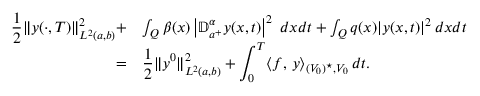
\begin{array} { r l } { \displaystyle \frac 1 2 \| y ( \cdot , T ) \| _ { L ^ { 2 } ( a , b ) } ^ { 2 } + } & { \int _ { Q } \beta ( x ) \left| \mathbb { D } _ { a ^ { + } } ^ { \alpha } y ( x , t ) \right| ^ { 2 } \; d x d t + \int _ { Q } q ( x ) | y ( x , t ) | ^ { 2 } \, d x d t } \\ { = } & { \displaystyle \frac 1 2 \| y ^ { 0 } \| _ { L ^ { 2 } ( a , b ) } ^ { 2 } + \int _ { 0 } ^ { T } \langle f , \, y \rangle _ { ( V _ { 0 } ) ^ { \star } , V _ { 0 } } \, d t . } \end{array}